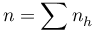
n = \sum n _ { h }